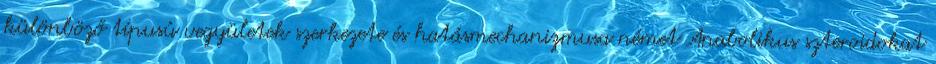
különböző típusú vegyületek szerkezete és hatásmechanizmusa német Anabolikus szteroidokat